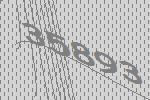
35893